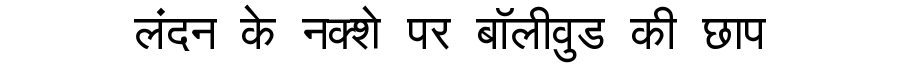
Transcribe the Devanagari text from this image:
लंदन के नक्शे पर बॉलीवुड की छाप